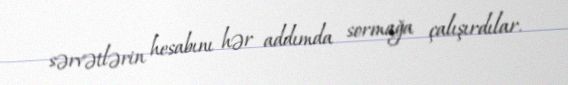
sərvətlərin hesabını hər addımda sormağa çalışırdılar.